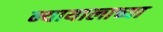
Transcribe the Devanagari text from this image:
न्यायालाच्या